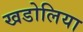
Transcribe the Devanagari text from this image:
खडोलिया